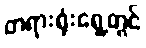
တရားရုံးရှေ့တွင်